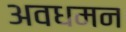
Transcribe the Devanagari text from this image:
अवधमन